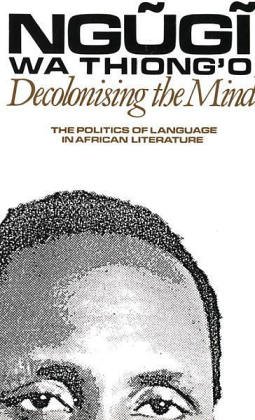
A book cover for Decolonising the Mind (Studies in African Literature); Ngugi Wa Thiong'O; Literature & Fiction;